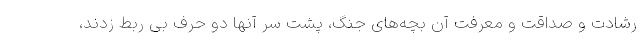
رشادت و صداقت و معرفت آن بچه‌های جنگ، پشت سر آنها دو حرف بی ربط زدند،